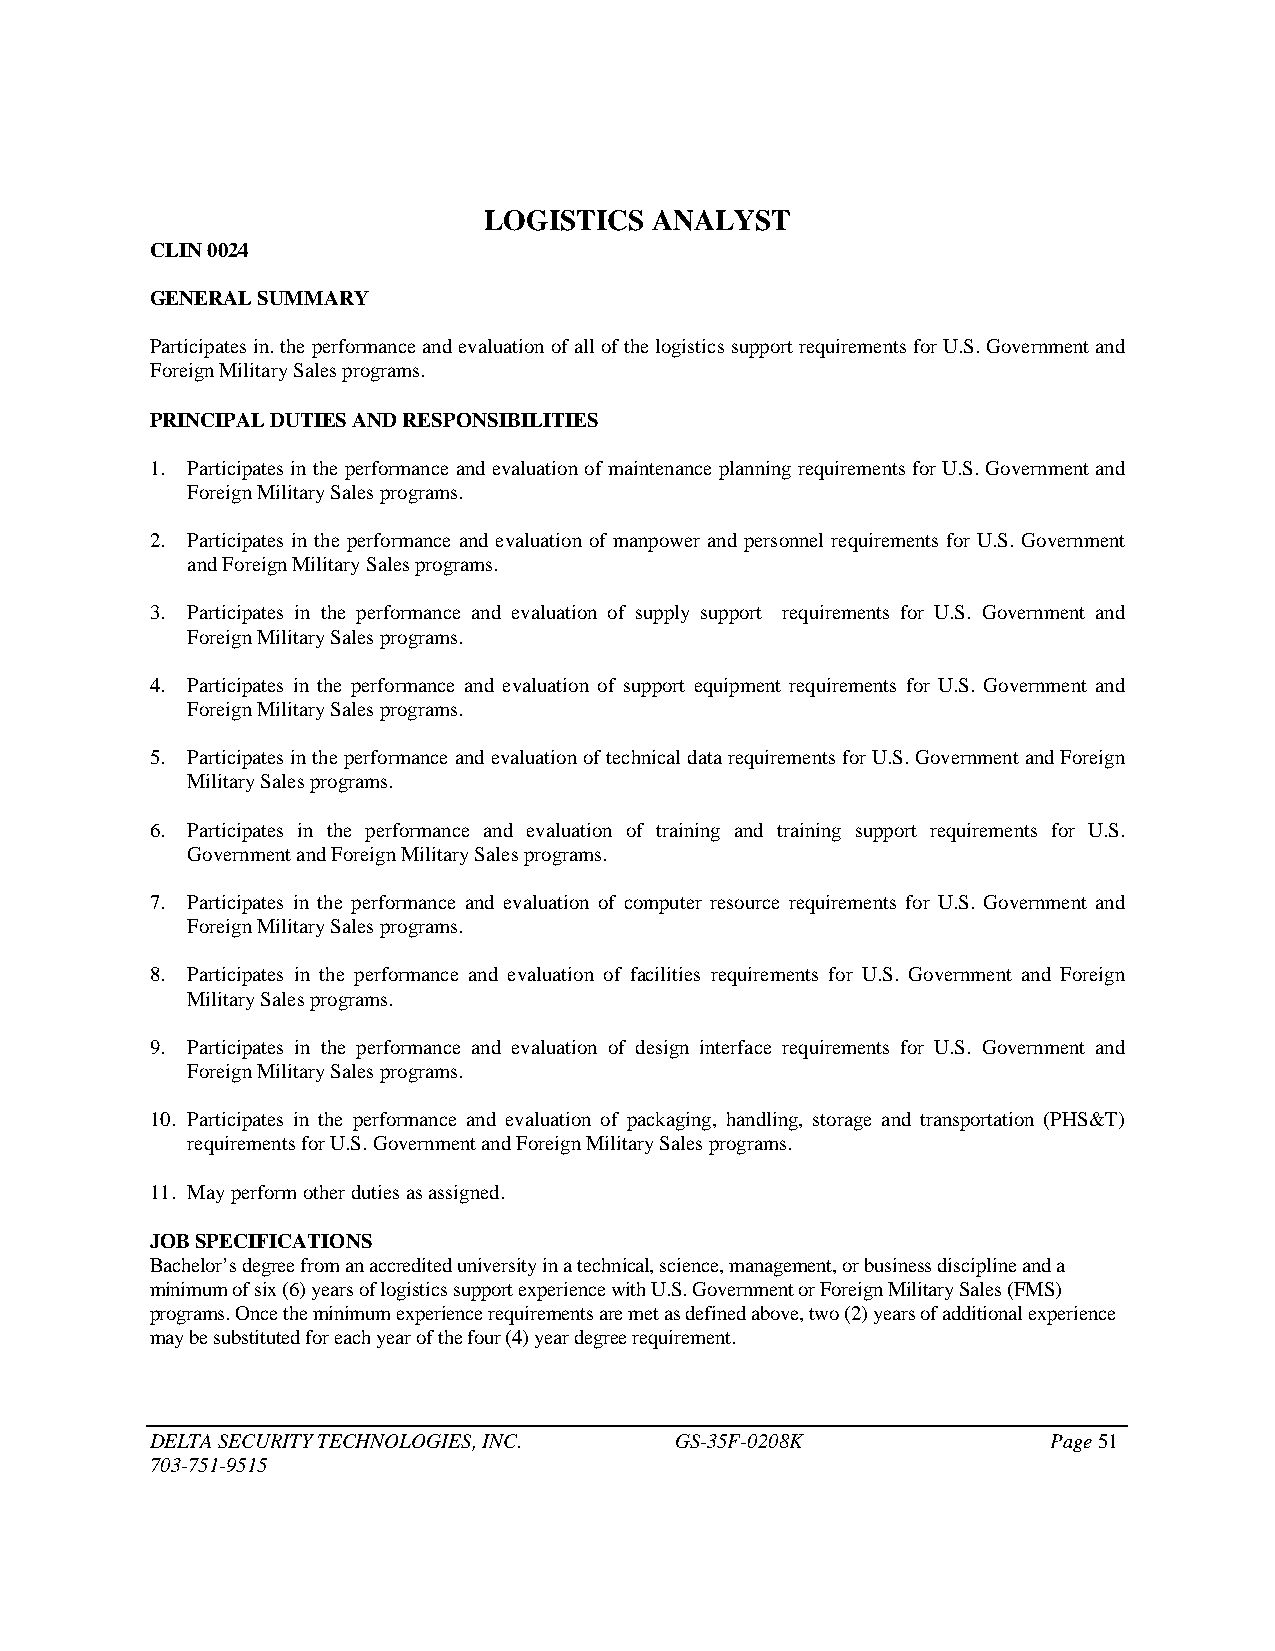
LOGISTICS  ANALYST
 CLIN 0024
 GENERAL SUMMARY
 Participates in. the performance and evaluation of all of the logistics support requirements for U.S. Government and
 Foreign Military Sales programs.
 PRINCIPAL DUTIES AND RESPONSIBILITIES
 1. Participates in the performance and evaluation of maintenance planning requirements for U.S. Government and
 Foreign Military Sales programs.
 2. Participates in the performance and evaluation of manpower and personnel requirements for U.S. Government
 and Foreign Military Sales programs.
 3. Participates in the performance and evaluation of supply support requirements for U.S. Government and
 Foreign Military Sales programs.
 4. Participates in the performance and evaluation of support equipment requirements for U.S. Government and
 Foreign Military Sales programs.
 5. Participates in the performance and evaluation of technical data requirements for U.S. Government and Foreign
 Military Sales programs.
 6. Participates in the performance and evaluation of training and training support requirements for U.S.
 Government and Foreign Military Sales programs.
 7. Participates in the performance and evaluation of computer resource requirements for U.S. Government and
 Foreign Military Sales programs.
 8. Participates in the performance and evaluation of facilities requirements for U.S. Government and Foreign
 Military Sales programs.
 9. Participates in the performance and evaluation of design interface requirements for U.S. Government and
 Foreign Military Sales programs.
 10. Participates in the performance and evaluation of packaging, handling, storage and transportation (PHS&T)
 requirements for U.S. Government and Foreign Military Sales programs.
 11. May perform other duties as assigned.
 JOB SPECIFICATIONS
 Bachelor’s degree from an accredited university in a technical, science, management, or business discipline and a
 minimum of six (6) years of logistics support experience with U.S. Government or Foreign Military Sales (FMS)
 programs. Once the minimum experience requirements are met as defined above, two (2) years of additional experience
 may be substituted for each year of the four (4) year degree requirement.
 DELTA SECURITY TECHNOLOGIES, INC.  GS-35F-0208K             Page 51
 703-751-9515